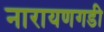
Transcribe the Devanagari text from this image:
नारायणगडी